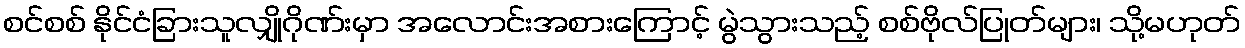
စင်စစ် နိုင်ငံခြားသူလျှိုဂိုဏ်းမှာ အလောင်းအစားကြောင့် မွဲသွားသည့် စစ်ဗိုလ်ပြုတ်များ၊ သို့မဟုတ်